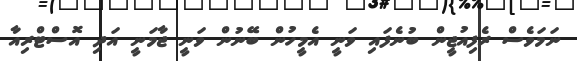
ނަމަވެސް ރެފިއުޖީން ބުނެފައި ވަނީ އެމީހުން ބޭނުން ވަނީ ޖާމަނީ އަދި އޮސްޓްރިއާ